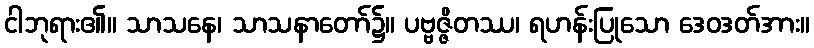
ငါဘုရား၏။ သာသနေ၊ သာသနာတော်၌။ ပဗ္ဗဇ္ဇိတဿ၊ ရဟန်းပြုသော ဒေဝဒတ်အား။